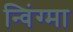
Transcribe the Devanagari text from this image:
न्विंग्मा